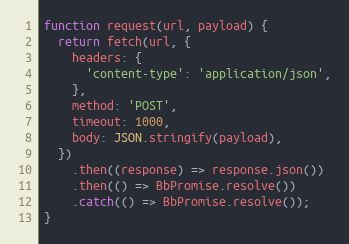
Language: JavaScript
function request(url, payload) {
  return fetch(url, {
    headers: {
      'content-type': 'application/json',
    },
    method: 'POST',
    timeout: 1000,
    body: JSON.stringify(payload),
  })
    .then((response) => response.json())
    .then(() => BbPromise.resolve())
    .catch(() => BbPromise.resolve());
}